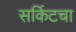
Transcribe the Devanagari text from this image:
सर्किटचा